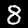
Label: 8